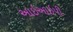
આઇઆઇપી